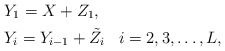
\begin{align*}&Y_1=X+Z_1,\\&Y_i=Y_{i-1}+\tilde{Z}_i \;\;\;i=2,3,\ldots,L,\end{align*}